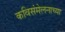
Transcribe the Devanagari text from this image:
कविसंमेलनाच्या